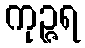
ကုဉ္ဇရ